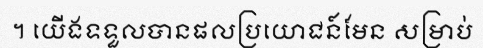
។ យើងទទួលបានផលប្រយោជន៍មែន សម្រាប់